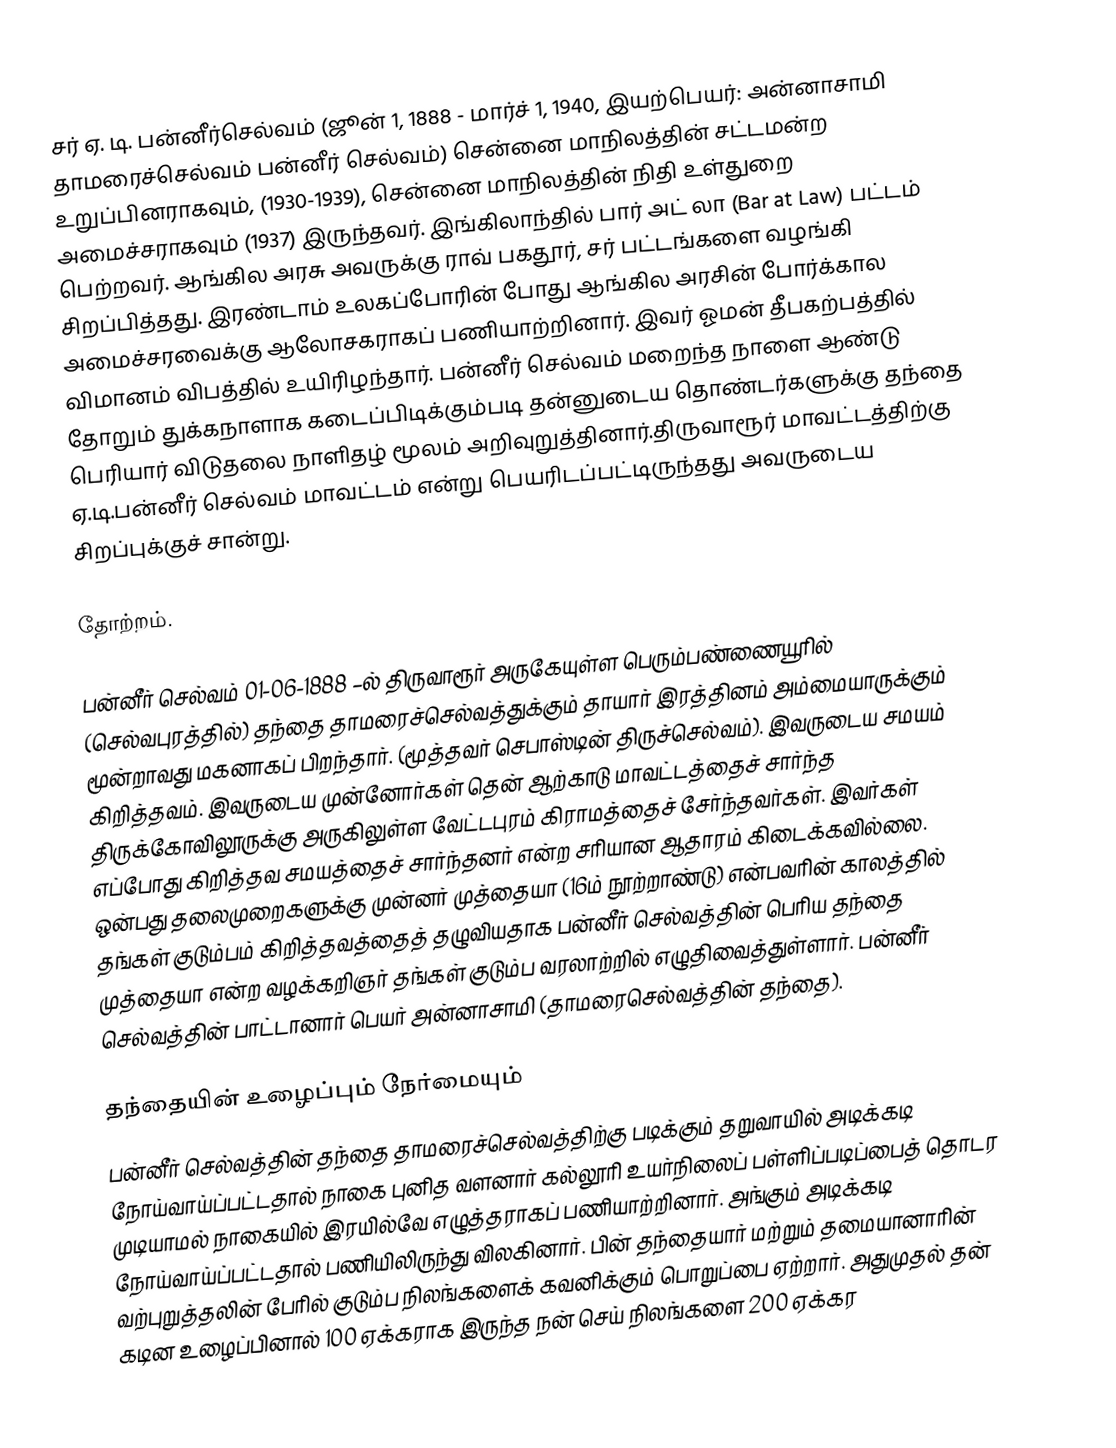
சர் ஏ. டி. பன்னீர்செல்வம் (ஜூன் 1, 1888 - மார்ச் 1, 1940, இயற்பெயர்: அன்னாசாமி தாமரைச்செல்வம் பன்னீர் செல்வம்) சென்னை மாநிலத்தின் சட்டமன்ற உறுப்பினராகவும், (1930-1939), சென்னை மாநிலத்தின் நிதி உள்துறை அமைச்சராகவும் (1937) இருந்தவர். இங்கிலாந்தில் பார் அட் லா (Bar at Law) பட்டம் பெற்றவர். ஆங்கில அரசு அவருக்கு ராவ் பகதூர், சர் பட்டங்களை வழங்கி சிறப்பித்தது. இரண்டாம் உலகப்போரின் போது ஆங்கில அரசின் போர்க்கால அமைச்சரவைக்கு ஆலோசகராகப் பணியாற்றினார். இவர் ஓமன் தீபகற்பத்தில் விமானம் விபத்தில் உயிரிழந்தார். பன்னீர் செல்வம் மறைந்த நாளை ஆண்டு தோறும் துக்கநாளாக கடைப்பிடிக்கும்படி தன்னுடைய தொண்டர்களுக்கு தந்தை பெரியார் விடுதலை நாளிதழ் மூலம் அறிவுறுத்தினார்.திருவாரூர் மாவட்டத்திற்கு ஏ.டி.பன்னீர் செல்வம் மாவட்டம் என்று பெயரிடப்பட்டிருந்தது அவருடைய சிறப்புக்குச் சான்று.

தோற்றம்.

பன்னீர் செல்வம் 01-06-1888 –ல் திருவாரூர் அருகேயுள்ள பெரும்பண்ணையூரில் (செல்வபுரத்தில்)  தந்தை தாமரைச்செல்வத்துக்கும் தாயார் இரத்தினம் அம்மையாருக்கும் மூன்றாவது மகனாகப் பிறந்தார். (மூத்தவர் செபாஸ்டின் திருச்செல்வம்). இவருடைய சமயம் கிறித்தவம். இவருடைய முன்னோர்கள் தென் ஆற்காடு மாவட்டத்தைச் சார்ந்த திருக்கோவிலூருக்கு அருகிலுள்ள வேட்டபுரம் கிராமத்தைச் சேர்ந்தவர்கள். இவர்கள் எப்போது கிறித்தவ சமயத்தைச் சார்ந்தனர் என்ற சரியான ஆதாரம் கிடைக்கவில்லை. ஒன்பது தலைமுறைகளுக்கு முன்னர் முத்தையா (16ம் நூற்றாண்டு) என்பவரின் காலத்தில் தங்கள் குடும்பம் கிறித்தவத்தைத் தழுவியதாக பன்னீர் செல்வத்தின் பெரிய தந்தை முத்தையா என்ற வழக்கறிஞர் தங்கள் குடும்ப வரலாற்றில் எழுதிவைத்துள்ளார். பன்னீர் செல்வத்தின் பாட்டானார் பெயர் அன்னாசாமி (தாமரைசெல்வத்தின் தந்தை).

தந்தையின் உழைப்பும் நேர்மையும்
பன்னீர் செல்வத்தின் தந்தை தாமரைச்செல்வத்திற்கு படிக்கும் தறுவாயில் அடிக்கடி நோய்வாய்ப்பட்டதால் நாகை புனித வளனார் கல்லூரி உயர்நிலைப் பள்ளிப்படிப்பைத் தொடர முடியாமல் நாகையில் இரயில்வே எழுத்தராகப் பணியாற்றினார். அங்கும் அடிக்கடி நோய்வாய்ப்பட்டதால் பணியிலிருந்து விலகினார். பின் தந்தையார் மற்றும் தமையானாரின் வற்புறுத்தலின் பேரில் குடும்ப நிலங்களைக் கவனிக்கும் பொறுப்பை ஏற்றார். அதுமுதல் தன் கடின உழைப்பினால் 100 ஏக்கராக இருந்த நன் செய் நிலங்களை 200 ஏக்கர